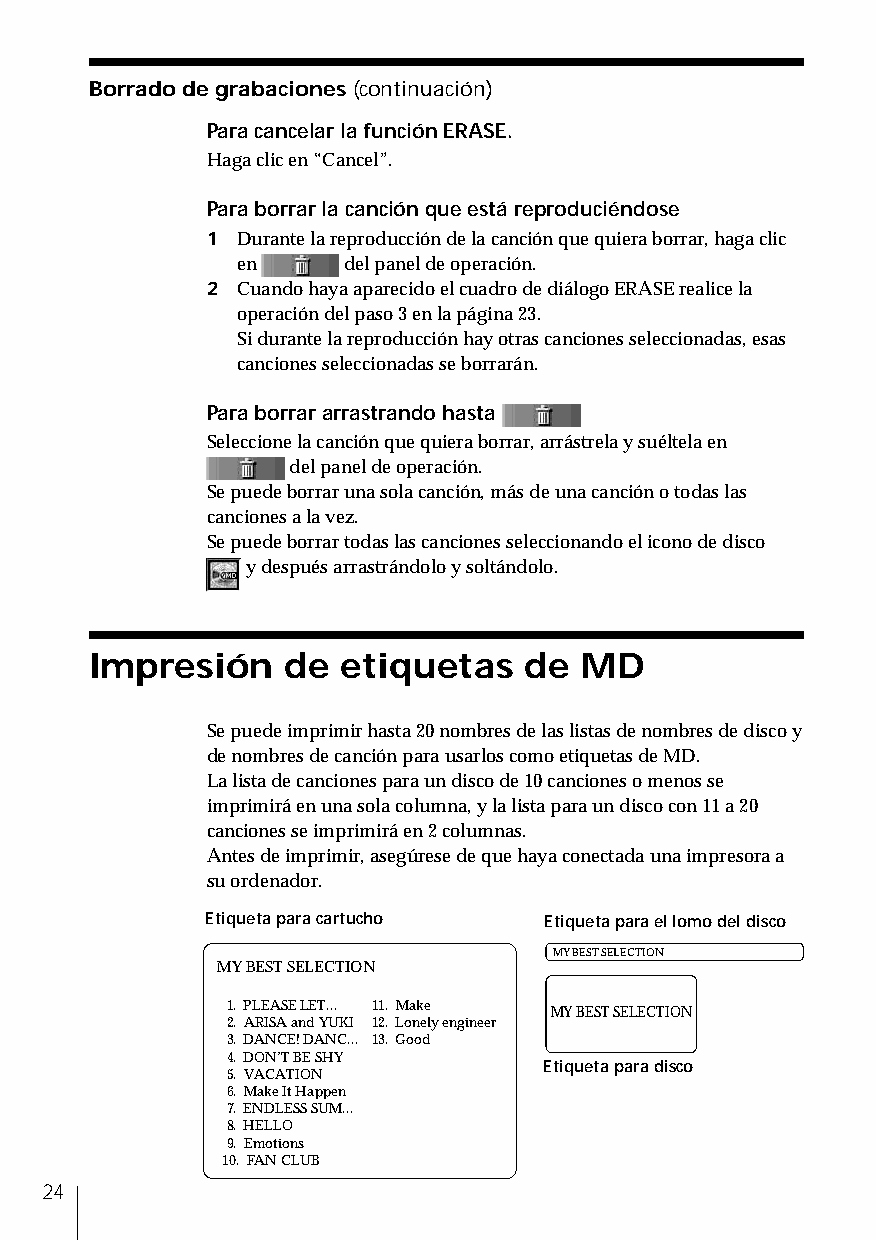
Borrado de grabaciones (continuación)
 Para cancelar la función ERASE.
 Haga clic en “Cancel”.
 Para borrar la canción que está reproduciéndose
 1 Durante la reproducción de la canción que quiera borrar, haga clic
 en     del panel de operación.
 2 Cuando haya aparecido el cuadro de diálogo ERASE realice la
 operación del paso 3 en la página 23.
 Si durante la reproducción hay otras canciones seleccionadas, esas
 canciones seleccionadas se borrarán.
 Para borrar arrastrando hasta
 Seleccione la canción que quiera borrar, arrástrela y suéltela en
 del panel de operación.
 Se puede borrar una sola canción, más de una canción o todas las
 canciones a la vez.
 Se puede borrar todas las canciones seleccionando el icono de disco
 y después arrastrándolo y soltándolo.
 Impresión    de  etiquetas   de MD
 Se puede imprimir hasta 20 nombres de las listas de nombres de disco y
 de nombres de canción para usarlos como etiquetas de MD.
 La lista de canciones para un disco de 10 canciones o menos se
 imprimirá en una sola columna, y la lista para un disco con 11 a 20
 canciones se imprimirá en 2 columnas.
 Antes de imprimir, asegúrese de que haya conectada una impresora a
 su ordenador.
 Etiqueta para cartucho Etiqueta para el lomo del disco
 MY BEST SELECTION
 MY BEST SELECTION
 1. PLEASE LET... 11. Make MY BEST SELECTION
 2. ARISA and YUKI 12. Lonely engineer
 3. DANCE! DANC... 13. Good
 4. DON’T BE SHY
 Etiqueta para disco
 5. VACATION
 6. Make It Happen
 7. ENDLESS SUM...
 8. HELLO
 9. Emotions
 10. FAN CLUB
 24